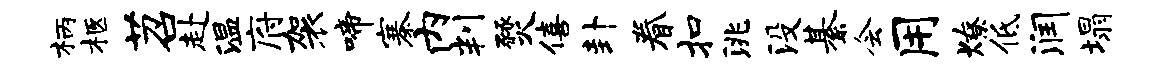
柄柩苕赴温府袈啼寨内判燹僖卦眷扣洮没綦会用燎低润塌